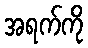
အရက်ကို